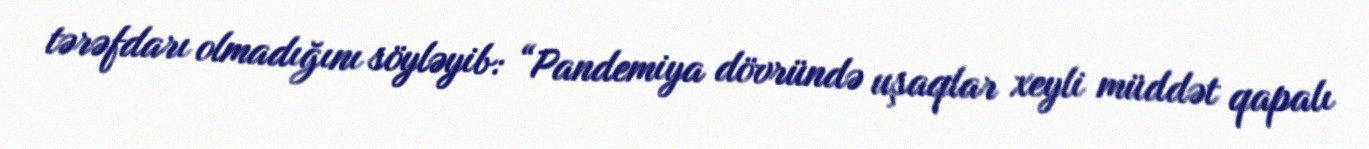
tərəfdarı olmadığını söyləyib: “Pandemiya dövründə uşaqlar xeyli müddət qapalı